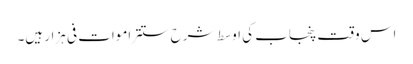
اس وقت پنجاب کی اوسط شرح ستتر اموات فی ہزار ہیں۔